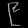
Digit: ၉